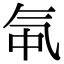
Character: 㲴